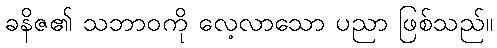
ခနိဇ၏ သဘာဝကို လေ့လာသော ပညာ ဖြစ်သည်။